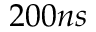
2 0 0 n s